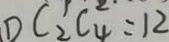
D C _ { 2 } ^ { 1 } C _ { 4 } ^ { 2 } = 1 2